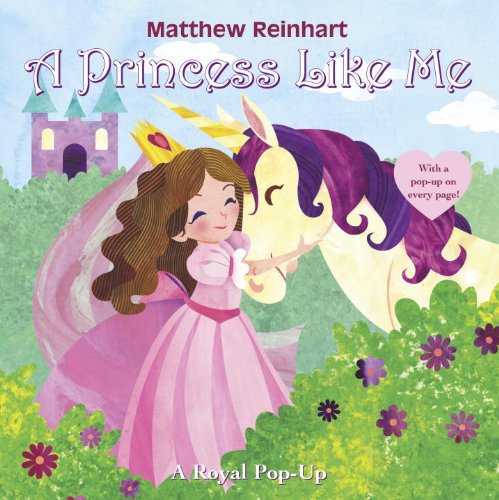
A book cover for A Princess Like Me: A Royal Pop-Up; Matthew Reinhart; Children's Books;